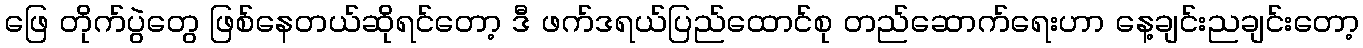
ဖြေ တိုက်ပွဲတွေ ဖြစ်နေတယ်ဆိုရင်တော့ ဒီ ဖက်ဒရယ်ပြည်ထောင်စု တည်ဆောက်ရေးဟာ နေ့ချင်းညချင်းတော့